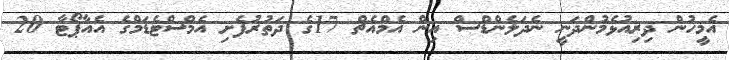
އެމީހުން ދިރިއުޅެމުންދަނީ ނެދަލެންޑްސް އިން އެމްއެޗް 17ގެ ދަތުރުފެށި އެމްސްޓެޑަމްގެ އެއާޕޯޓާ 20